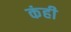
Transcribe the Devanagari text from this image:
कंही